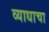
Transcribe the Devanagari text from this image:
व्याधाचा